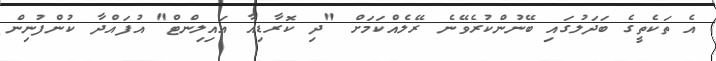
އެ ތަކެތީގެ ބަދަލުގައި ބޭނުންކުރެވޭނެ ރޭލެއްކަމަށް "ދި ކޮރާޑިއާ އައިލިންޓް" އުފައްދާ ކުންފުނިން